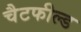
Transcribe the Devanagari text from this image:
चैटफील्ड